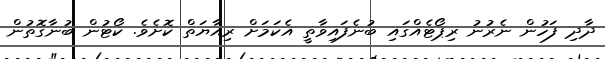
ދާދި ފަހުން ނެރުނު ރިޕޯޓެއްގައި ބުނެފައިވާތީ އެކަމަށް ރިއާޔަތް ކޮށެވެ. ކޯޓުން ބުނާގޮތުން